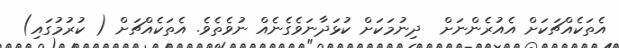
އެތަކެއްޗަކަށް އެއުރެންނަށް  ދިނުމަކަށް ކުޅަދާނަވެގެނެއް ނުވެތެވެ. އެތަކެއްޗަށް ( ކުރުމުގައި)